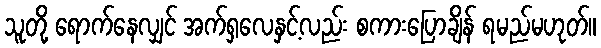
သူတို့ ရောက်နေလျှင် အက်ရှလေနှင့်လည်း စကားပြောချိန် ရမည်မဟုတ်။